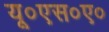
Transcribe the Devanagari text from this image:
यू०एस०ए०